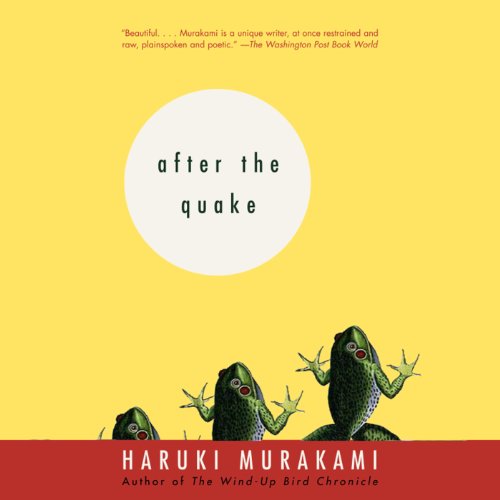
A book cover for After the Quake: Stories; Haruki Murakami; Science Fiction & Fantasy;